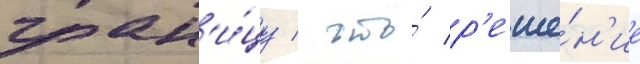
гран'и́цу / что́ р'еше́н'ие